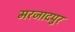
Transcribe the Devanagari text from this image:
मरजादपुर